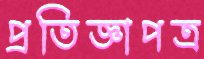
প্রতিজ্ঞাপত্র